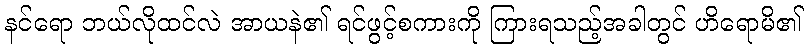
နင်ရော ဘယ်လိုထင်လဲ အာယနဲ၏ ရင်ဖွင့်စကားကို ကြားရသည့်အခါတွင် ဟိရောမိ၏